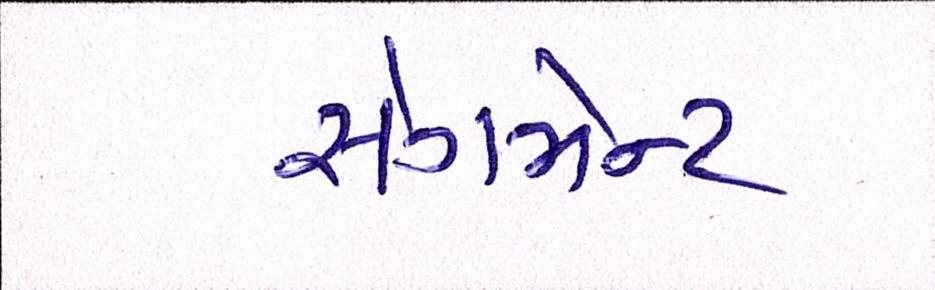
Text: સેગમેન્ટ